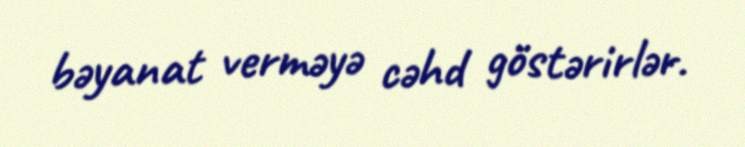
bəyanat verməyə cəhd göstərirlər.